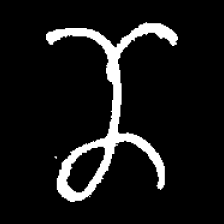
Pyu character \u2014 Myanmar letter: ဏ (romanized: nna)